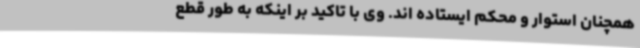
همچنان استوار و محکم ایستاده اند. وی با تاکید بر اینکه به طور قطع